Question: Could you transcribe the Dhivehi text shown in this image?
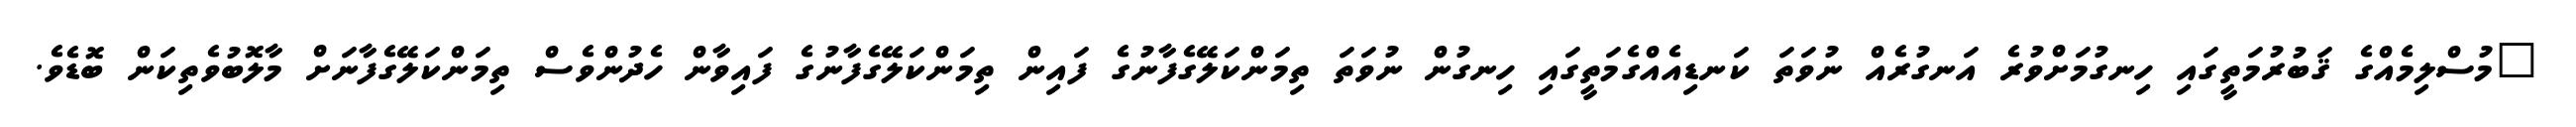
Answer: "މުސްލިމެއްގެ ޤަބުރުމަތީގައި ހިނގުމަށްވުރެ އަނގުރެއް ނުވަތަ ކަނޑިއެއްގެމަތީގައި ހިނގުން ނުވަތަ ތިމަންކަލޭގެފާނުގެ ފައިން ތިމަންކަލޭގެފާނުގެ ފައިވާން ހެދުންވެސް ތިމަންކަލޭގެފާނަށް މާލޮބުވެތިކަން ބޮޑެވެ.